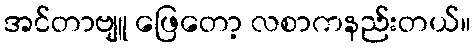
အင်တာဗျူ ဖြေတော့ လစာကနည်းတယ်။